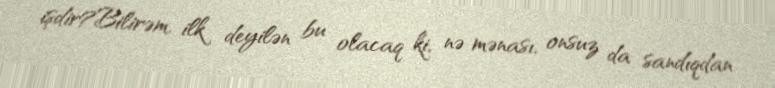
işdir?Bilirəm, ilk deyilən bu olacaq ki, nə mənası, onsuz da sandıqdan